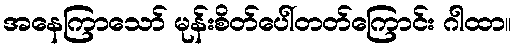
အနေကြာသော် မုန်းစိတ်ပေါ်တတ်ကြောင်း ဂါထာ။